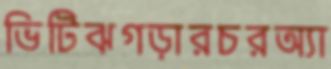
ভিটিঝগড়ারচরঅ্যা